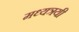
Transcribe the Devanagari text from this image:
मध्यत्रयी